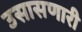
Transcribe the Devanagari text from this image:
उसासणारी